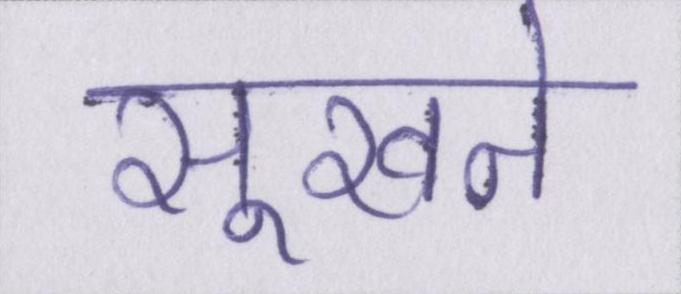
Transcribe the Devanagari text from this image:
सूखने